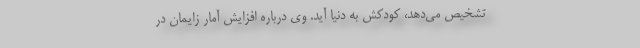
تشخیص می‌دهد، کودکش به دنیا آید. وی درباره افزایش آمار زایمان در